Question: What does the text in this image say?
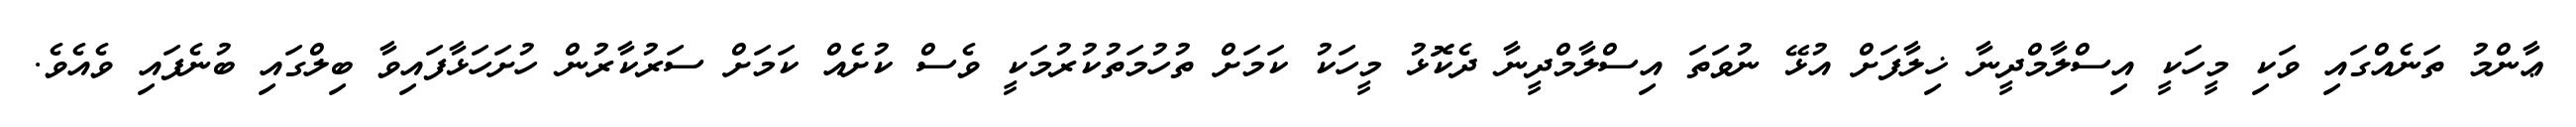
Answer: ޢާންމު ތަނެއްގައި ވަކި މީހަކީ އިސްލާމްދީނާ ޚިލާފަށް އުޅޭ ނުވަތަ އިސްލާމްދީނާ ދެކޮޅު މީހަކު ކަމަށް ތުހުމަތުކުރުމަކީ ވެސް ކުށެއް ކަމަށް ސަރުކާރުން ހުށަހަޅާފައިވާ ބިލްގައި ބުނެފައި ވެއެވެ.